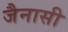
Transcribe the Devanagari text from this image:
जैनासी